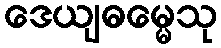
ဒေယျဓမ္မေသု